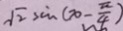
\sqrt { 2 } \sin a ( x - \frac { \pi } { 4 } )